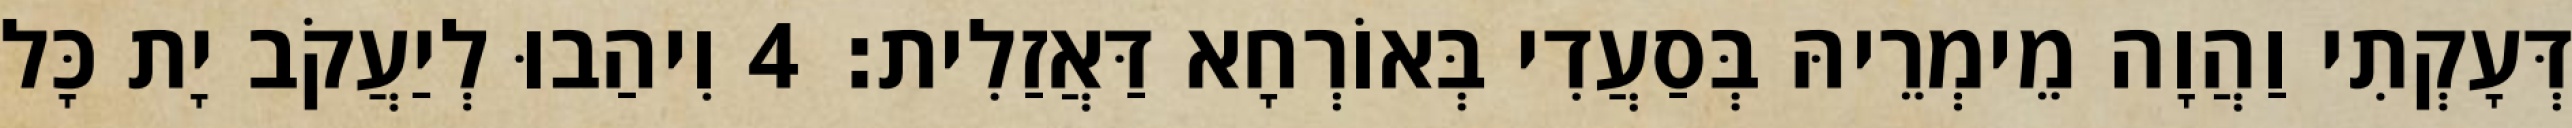
דְּעָקְתִי וַהֲוָה מֵימְרֵיהּ בְּסַעֲדִי בְּאוֹרְחָא דַּאֲזַלִית׃ 4 וִיהַבוּ לְיַעֲקֹב יָת כָּל